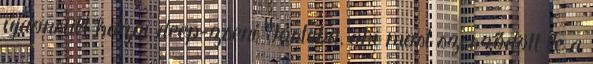
újdonsült hazai deep-zseni Forteba, aki most szerződött le a